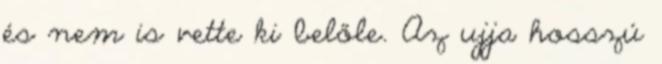
és nem is vette ki belőle. Az ujja hosszú